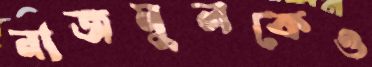
নাজমুলকেও